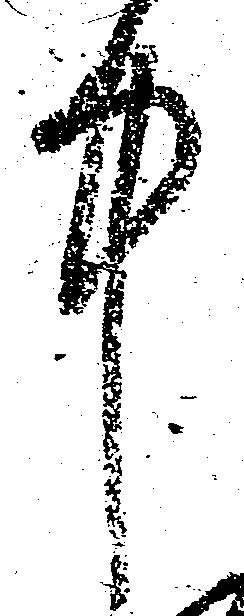
中